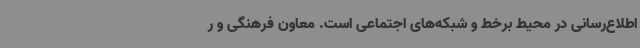
اطلاع‌رسانی در محیط برخط و شبکه‌های اجتماعی است. معاون فرهنگی و ر